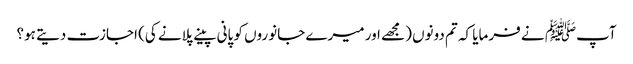
آپﷺ نے فرمایا کہ تم دونوں (مجھے اور میرے جانوروں کو پانی پینے پلانے کی) اجازت دیتے ہو؟